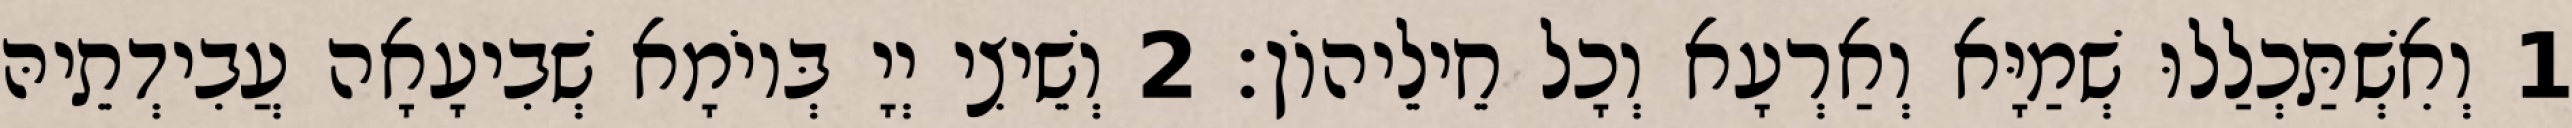
1 וְאִשְׁתַּכְלַלוּ שְׁמַיָּא וְאַרְעָא וְכָל חֵילֵיהוֹן׃ 2 וְשֵׁיצִי יְיָ בְּיוֹמָא שְׁבִיעָאָה עֲבִידְתֵיהּ